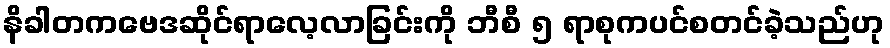
နိခါတကဗေဒဆိုင်ရာလေ့လာခြင်းကို ဘီစီ ၅ ရာစုကပင်စတင်ခဲ့သည်ဟု